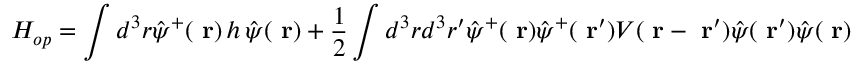
H _ { o p } = \int d ^ { 3 } r \hat { \psi } ^ { + } ( \mathrm { \bf ~ r } ) \, h \, \hat { \psi } ( \mathrm { \bf ~ r } ) + \frac { 1 } { 2 } \int d ^ { 3 } r d ^ { 3 } r ^ { \prime } \hat { \psi } ^ { + } ( \mathrm { \bf ~ r } ) \hat { \psi } ^ { + } ( \mathrm { \bf ~ r } ^ { \prime } ) V ( \mathrm { \bf ~ r } - \mathrm { \bf ~ r } ^ { \prime } ) \hat { \psi } ( \mathrm { \bf ~ r } ^ { \prime } ) \hat { \psi } ( \mathrm { \bf ~ r } )